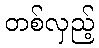
တစ်လှည့်